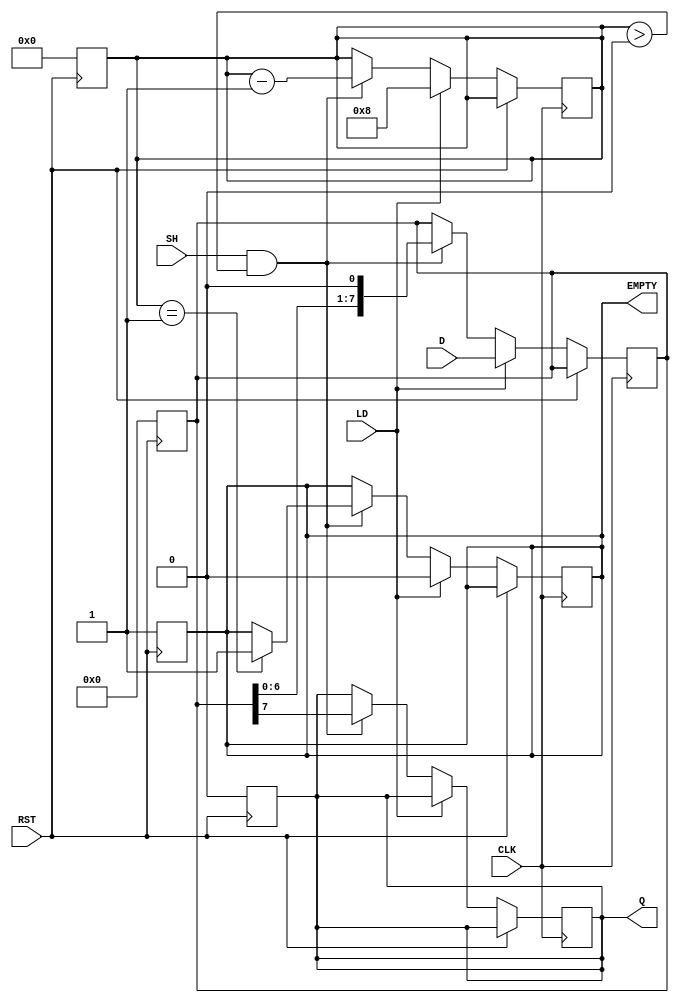
module PISO_Register #(
    parameter WIDTH = 8  // Width of the register
)(
    input wire [WIDTH-1:0] D,     // Parallel data input
    input wire LD,                 // Load signal
    input wire CLK,                // Clock signal
    input wire SH,                 // Shift signal
    input wire RST,                // Reset signal (optional)
    output reg Q,                  // Serial output
    output reg EMPTY               // Empty signal
);

    reg [WIDTH-1:0] shift_reg;     // Shift register to hold data
    reg [3:0] count;                // Counter to track the number of bits shifted out

    // Asynchronous reset
    always @(posedge RST) begin
        shift_reg <= 0;
        Q <= 0;
        EMPTY <= 1;
        count <= 0;
    end

    // Main operation
    always @(posedge CLK) begin
        if (RST) begin
            // Reset logic handled above
        end else begin
            if (LD) begin
                // Load data into the shift register
                shift_reg <= D;
                count <= WIDTH;  // Set count to the width of the register
                EMPTY <= 0;      // Register is not empty after loading
            end else if (SH && count > 0) begin
                // Shift operation
                Q <= shift_reg[WIDTH-1]; // Output the MSB
                shift_reg <= {shift_reg[WIDTH-2:0], 1'b0}; // Shift left
                count <= count - 1; // Decrement the count
                if (count == 1) begin
                    EMPTY <= 1; // Register is empty after last bit is shifted out
                end
            end
        end
    end

endmodule